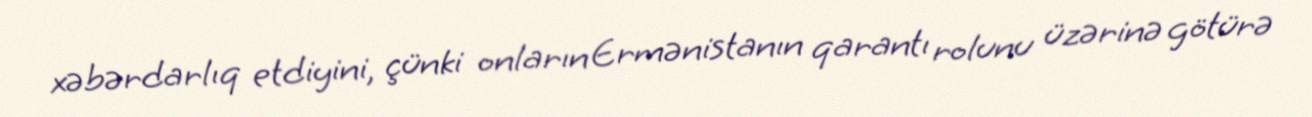
xəbərdarlıq etdiyini, çünki onların Ermənistanın qarantı rolunu üzərinə götürə